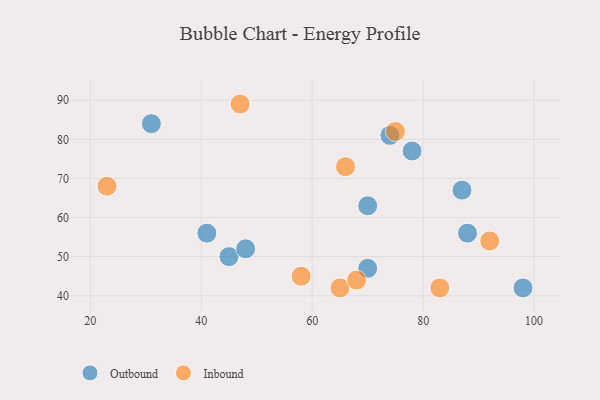
{"axis": {"x": "GDP", "y": "Life Expectancy"}, "legend": ["Inbound", "Outbound"], "data": [{"x": "88", "y": 56, "type": "Outbound"}, {"x": "98", "y": 42, "type": "Outbound"}, {"x": "45", "y": 50, "type": "Outbound"}, {"x": "70", "y": 47, "type": "Outbound"}, {"x": "74", "y": 81, "type": "Outbound"}, {"x": "48", "y": 52, "type": "Outbound"}, {"x": "31", "y": 84, "type": "Outbound"}, {"x": "87", "y": 67, "type": "Outbound"}, {"x": "70", "y": 63, "type": "Outbound"}, {"x": "41", "y": 56, "type": "Outbound"}, {"x": "78", "y": 77, "type": "Outbound"}, {"x": "66", "y": 73, "type": "Inbound"}, {"x": "92", "y": 54, "type": "Inbound"}, {"x": "47", "y": 89, "type": "Inbound"}, {"x": "23", "y": 68, "type": "Inbound"}, {"x": "65", "y": 42, "type": "Inbound"}, {"x": "75", "y": 82, "type": "Inbound"}, {"x": "83", "y": 42, "type": "Inbound"}, {"x": "58", "y": 45, "type": "Inbound"}, {"x": "68", "y": 44, "type": "Inbound"}]}